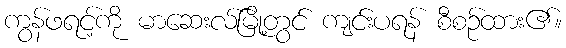
ကွန်ဖရင့်ကို မာဆေးလ်မြို့တွင် ကျင်းပရန် စီစဉ်ထား၏။